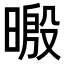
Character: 𣉥